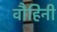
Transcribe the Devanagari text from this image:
वौहिनी